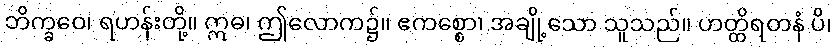
ဘိက္ခဝေ၊ ရဟန်းတို့။ ဣဓ၊ ဤလောက၌။ ဧကစ္စော၊ အချို့သော သူသည်။ ဟတ္ထိရတနံ ပိ၊